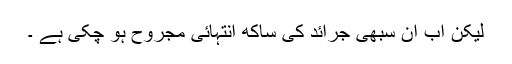
لیکن اب ان سبھی جرائد کی ساکھ انتہائی مجروح ہو چکی ہے ۔